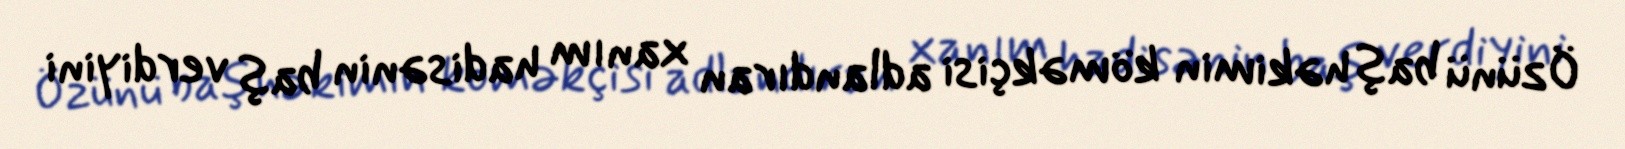
Özünü baş həkimin köməkçisi adlandıran xanım hadisənin baş verdiyini